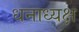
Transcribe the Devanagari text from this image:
धनाध्यक्ष